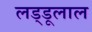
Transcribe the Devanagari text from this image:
लड्डूलाल